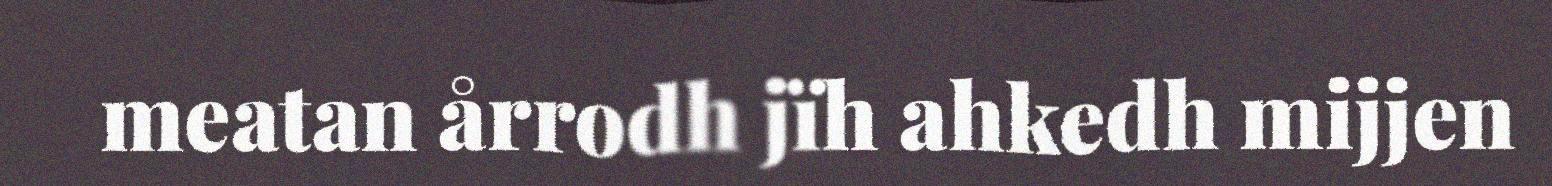
meatan årrodh jïh ahkedh mijjen